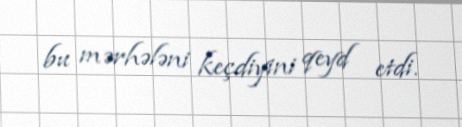
bu mərhələni keçdiyini qeyd etdi.